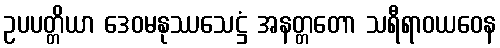
ဥပပတ္တိယာ ဒေဝမနုဿသေဋ္ဌံ အနတ္တတော သရီရာဝယဝေန